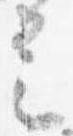
定